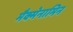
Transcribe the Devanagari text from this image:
मैक्मेनामिन